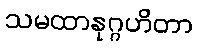
သမထာနုဂ္ဂဟိတာ